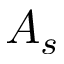
A _ { s }